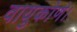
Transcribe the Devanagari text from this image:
वायुकोणे।